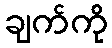
ချက်ကို